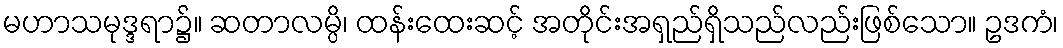
မဟာသမုဒ္ဒရာ၌။ ဆတာလမ္ပိ၊ ထန်းထေးဆင့် အတိုင်းအရှည်ရှိသည်လည်းဖြစ်သော။ ဥဒကံ၊